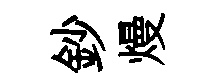
鈔熳